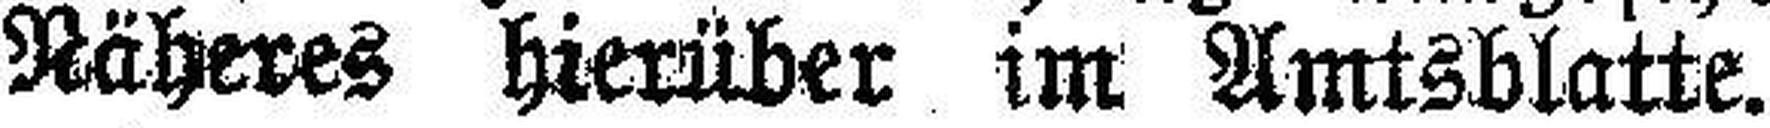
Näheres hierüber im Amtsblatte.